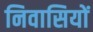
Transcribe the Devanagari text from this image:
निवासियों